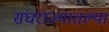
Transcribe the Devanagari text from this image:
संघराज्यातल्या